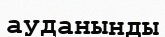
ауданынды